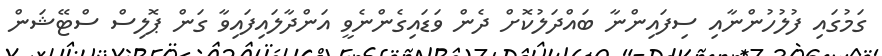
ގަމުގައި ފުލުހުންނާއި ސިފައިންނާ ބައްދަލުކޮށް ދެން ވަޑައިގެންނެވީ އަންދާލައިފައިވާ ގަން ޕޮލިސް ސްޓޭޝަން